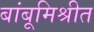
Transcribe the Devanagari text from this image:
बांबूमिश्रीत